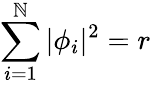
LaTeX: \sum_{i=1}^{\mathbb{N}}|\phi_{i}|^{2}=r